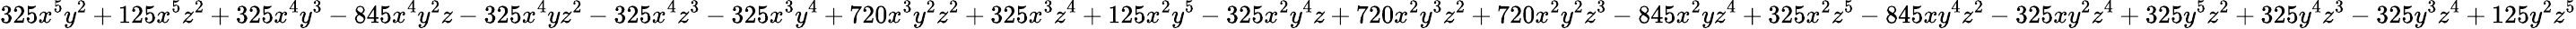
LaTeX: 325x^{5}y^{2}+125x^{5}z^{2}+325x^{4}y^{3}-845x^{4}y^{2}z-325x^{4}yz^{2}-325x^{4}z^{3}-325x^{3}y^{4}+720x^{3}y^{2}z^{2}+325x^{3}z^{4}+125x^{2}y^{5}-325x^{2}y^{4}z+720x^{2}y^{3}z^{2}+720x^{2}y^{2}z^{3}-845x^{2}yz^{4}+325x^{2}z^{5}-845xy^{4}z^{2}-325xy^{2}z^{4}+325y^{5}z^{2}+325y^{4}z^{3}-325y^{3}z^{4}+125y^{2}z^{5}